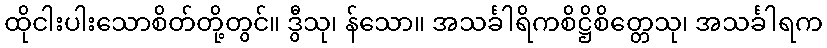
ထိုငါးပါးသောစိတ်တို့တွင်။ ဒွီသု၊ န်သော။ အသင်္ခါရိကစိဋ္ဌိစိတ္တေသု၊ အသင်္ခါရက